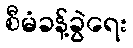
စီမံခန့်ခွဲရေး